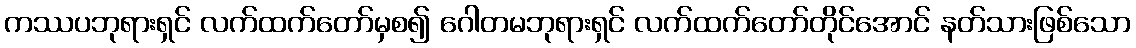
ကဿပဘုရားရှင် လက်ထက်တော်မှစ၍ ဂေါတမဘုရားရှင် လက်ထက်တော်တိုင်အောင် နတ်သားဖြစ်သော